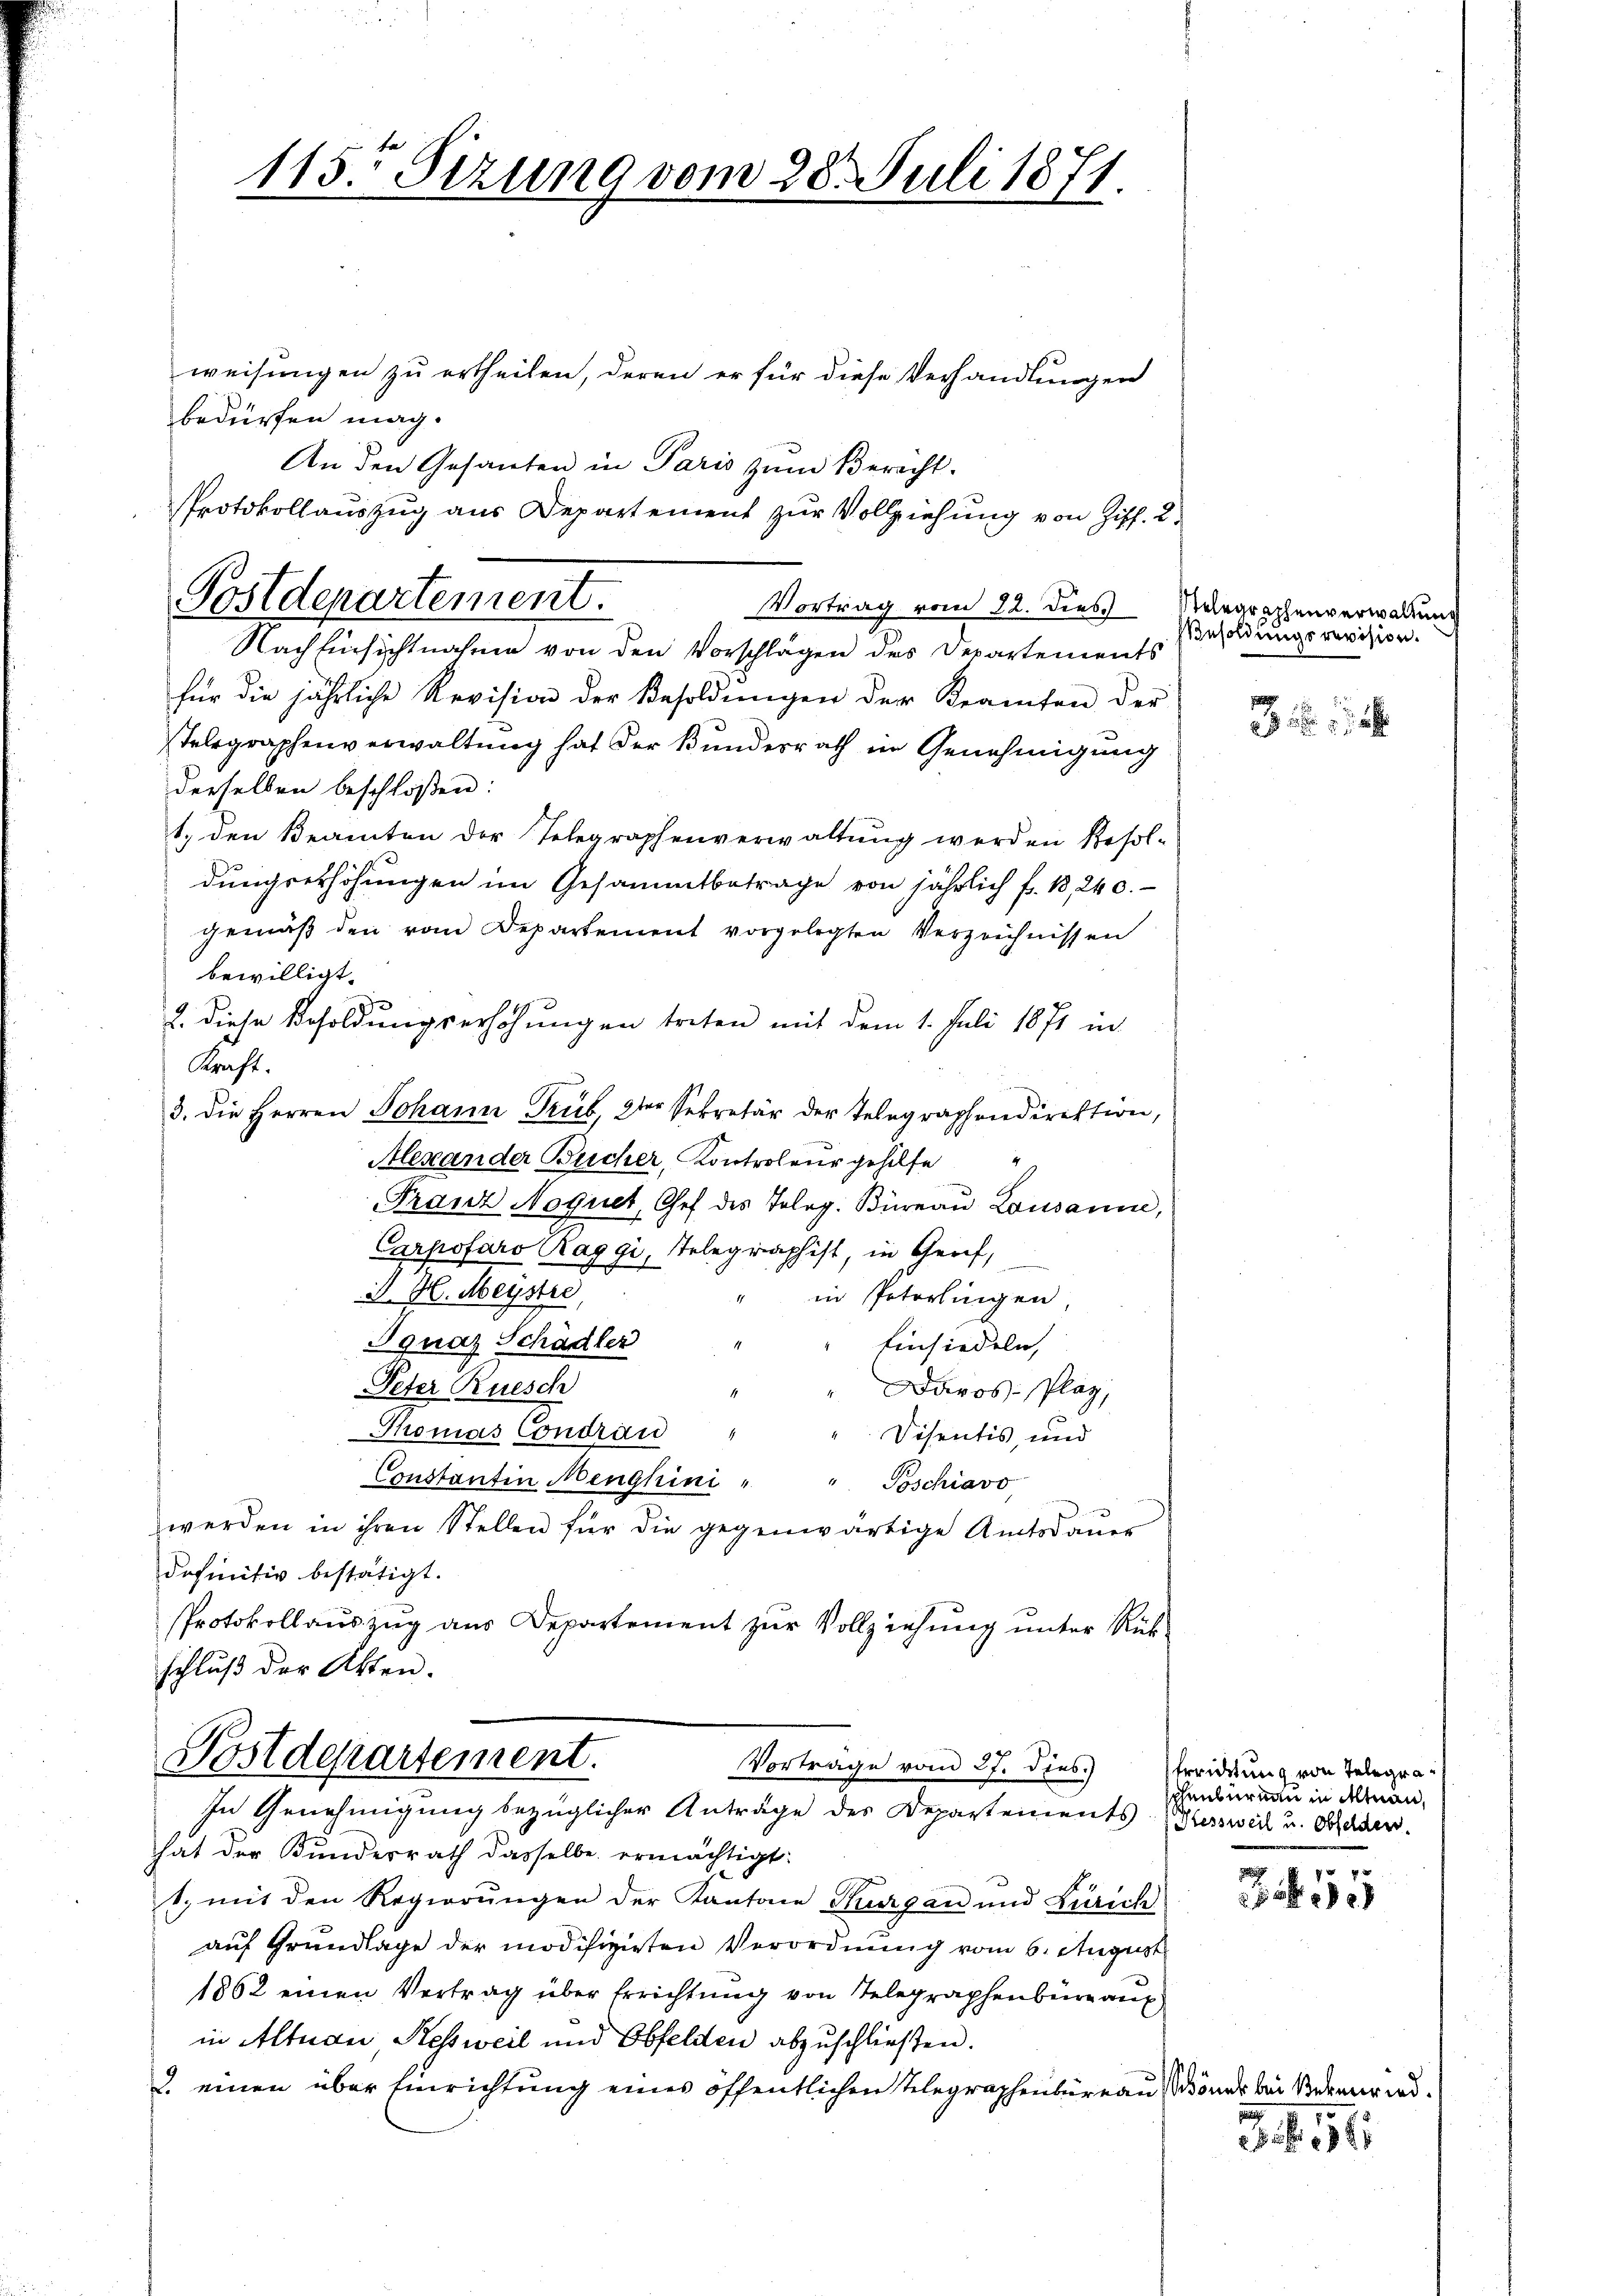
weisungen zu ertheilen, deren er für diese Verhandlungen
bedürfen mag.
An den Gesanten in Paris zŭm Berecht.
Protokollauszug aus Departement zur Vollziehung von Ziff. 2.
Vortrag vom 22. dies
für die jährliche Revision der Besoldŭngen der Beamten der
sTelegraphenverwaltung hat der Bundesrath in Genehmigung
derselben beschloßen:
1. den Beamten der Telegraphenverwaltung werden Resol-
dungserhöhungen im Gesammtbetrage von jährlich f. 13, 240.
gemäß den vom Departement vorgelegten Verzeichnissen
bewilligt.
2. diese Besoldungserhöhungen treten mit dem 1. Juli 1871 in
Kraft.
3. die Herren Johann Trüb, 2ter Sekretär der Telegraphendirektion,
Alexander Bucher, Kontroleur gehilfe
Franz Noquet, Chef des Tolog. Büreau Lausanne,
Carpofaro Maggi, Telegraphist, in Gerif,
J. H. Meystre,
in Peterlingen,
Ignaz Schädler
Einsiedeln,
Peter Ruesch
Davos- Plag,
Thomas Condran
Disentis, und
Constantin Menghini " " Poschiavo,
werden in ihren Stellen für die gegenwärtige Amtsdauer
definitiv bestätigt.
Protokollauszug aus Departement zur Vollziehung unter Rükschluß der Akten.

115. Sizung vom 28. Juli 1871.

Postdepartement.
Nachhinsichtnahme von den Vorschlägen des Departements

Postdepartement.
Vortrage vom 27. dies.)
In Genehmigung bezüglicher Anträge des Departements-Versweil u. Baden.

hat der Bundesrath dasselbe ermächtigt:
t. mit den Regierŭngen der Kantone Thurgau und Zürich
auf Grundlage der modifizirten Verordnung vom 6. August
1862 einen Vertrag über Errichtung von Telegraphenburg auf
in Altnau Kessweil und Obfelden abzuschließen.
2. einen über Einrichtung eines öffentlichen Telegraphenbüreaus Schöner bei Bern wird.

Stelegraphenverwalten
Besoldungsrevision.

Errichtung von Telegrasphenbureau in Altnau,

40

3.6. 16.